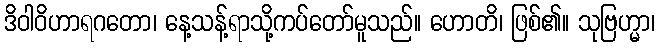
ဒိဝါဝိဟာရဂတော၊ နေ့သန့်ရာသို့ကပ်တော်မူသည်။ ဟောတိ၊ ဖြစ်၏။ သုဗြဟ္မာ၊